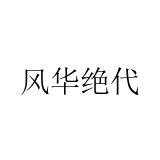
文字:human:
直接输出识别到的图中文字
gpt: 风华绝代